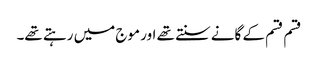
قسم قسم کے گانے سنتے تھے اور موج میں رہتے تھے۔